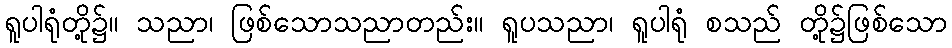
ရူပါရုံတို့၌။ သညာ၊ ဖြစ်သောသညာတည်း။ ရူပသညာ၊ ရူပါရုံ စသည် တို့၌ဖြစ်သော